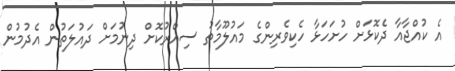
އެ ކުއްޖާއާ ދެކޮޅަށް ހުށަހަޅާ ހެކިވެރިންގެ މައުލޫމާތު ސިއްރުކޮށް ދިނުމަށް ދައުލަތުން އެދުމުން